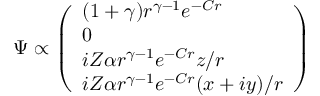
\Psi \propto { \left( \begin{array} { l } { ( 1 + \gamma ) r ^ { \gamma - 1 } e ^ { - C r } } \\ { 0 } \\ { i Z \alpha r ^ { \gamma - 1 } e ^ { - C r } z / r } \\ { i Z \alpha r ^ { \gamma - 1 } e ^ { - C r } ( x + i y ) / r } \end{array} \right) }